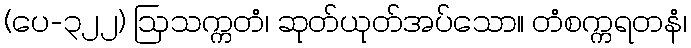
(ပေ-၃၂၂) ဩသက္ကတံ၊ ဆုတ်ယုတ်အပ်သော။ တံစက္ကရတနံ၊